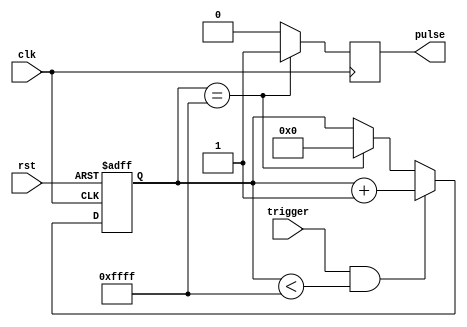
module one_shot_timer (
    input wire clk,
    input wire rst,
    input wire trigger,
    output reg pulse
);

reg [15:0] counter;
reg [15:0] duration = 16'hFFFF;

always @(posedge clk or posedge rst) begin
    if (rst)
        counter <= 0;
    else if (trigger && (counter < duration))
        counter <= counter + 1;
    else if (counter == duration)
        counter <= 0;
end

always @(posedge clk) begin
    if (counter == duration)
        pulse <= 1;
    else
        pulse <= 0;
end

endmodule